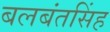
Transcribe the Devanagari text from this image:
बलबंतसिंह